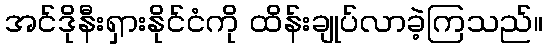
အင်ဒိုနီးရှားနိုင်ငံကို ထိန်းချုပ်လာခဲ့ကြသည်။